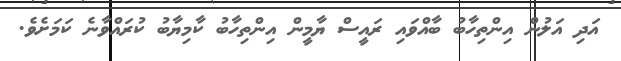
އަދި އަލުން އިންތިހާބު ބާއްވައި ރައީސް ޔާމީން އިންތިހާބު ކާމިޔާބު ކުރައްވާނެ ކަމަށެވެ.